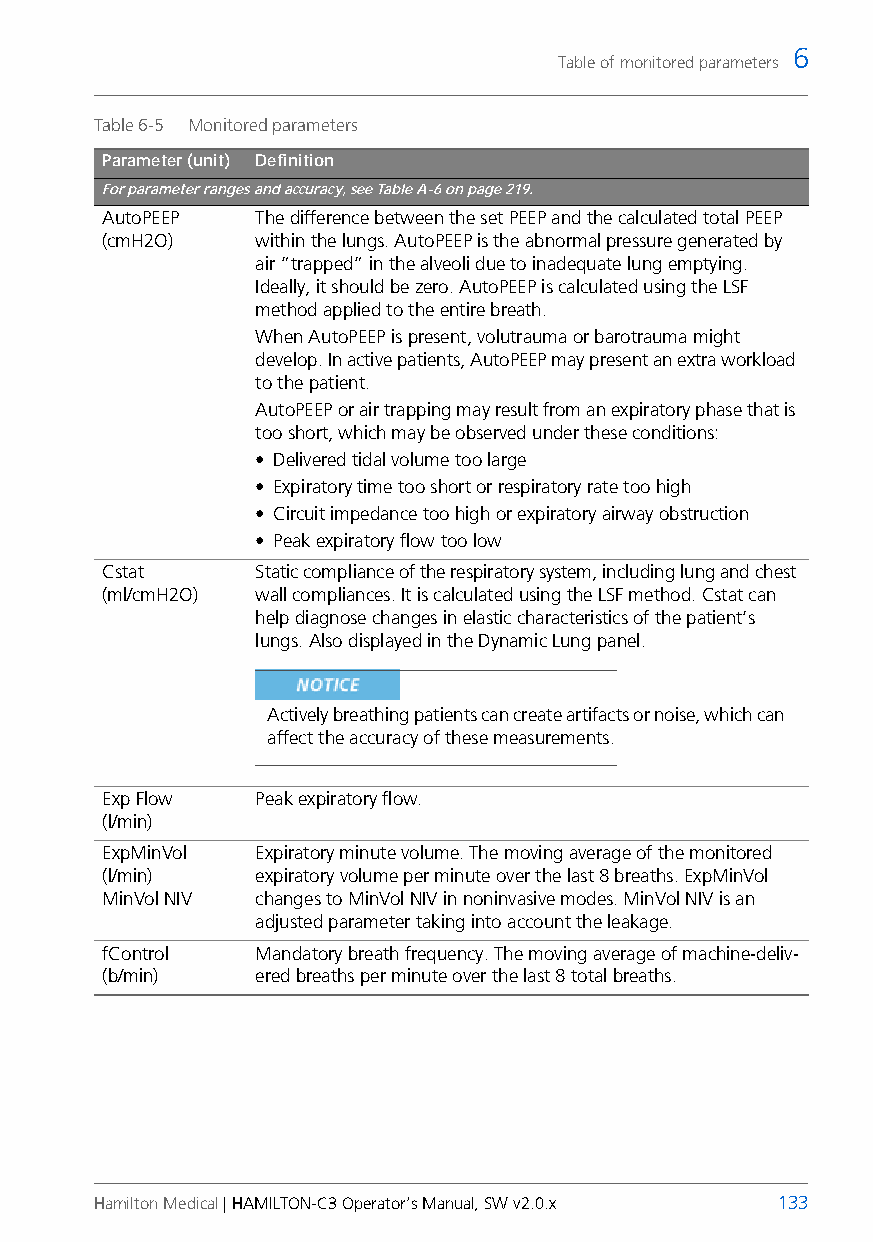
6
 Table of monitored parameters
 Table 6-5 Monitored parameters
 Parameter (unit) Definition
 For parameter ranges and accuracy, see Table A-6 on page219.
 AutoPEEP  The difference between the set PEEP and the calculated total PEEP
 (cmH2O)   within the lungs. AutoPEEP is the abnormal pressure generated by
 air “trapped” in the alveoli due to inadequate lung emptying.
 Ideally, it should be zero. AutoPEEP is calculated using the LSF
 method applied to the entire breath.
 When AutoPEEP is present, volutrauma or barotrauma might
 develop. In active patients, AutoPEEP may present an extra workload
 to the patient.
 AutoPEEP or air trapping may result from an expiratory phase that is
 too short, which may be observed under these conditions:
 • Delivered tidal volume too large
 • Expiratory time too short or respiratory rate too high
 • Circuit impedance too high or expiratory airway obstruction
 • Peak expiratory flow too low
 Cstat     Static compliance of the respiratory system, including lung and chest
 (ml/cmH2O) wall compliances. It is calculated using the LSF method. Cstat can
 help diagnose changes in elastic characteristics of the patient’s
 lungs. Also displayed in the Dynamic Lung panel.
 Actively breathing patients can create artifacts or noise, which can
 affect the accuracy of these measurements.
 Exp Flow  Peak expiratory flow.
 (l/min)
 ExpMinVol Expiratory minute volume. The moving average of the monitored
 (l/min)   expiratory volume per minute over the last 8 breaths. ExpMinVol
 MinVol NIV changes to MinVol NIV in noninvasive modes. MinVol NIV is an
 adjusted parameter taking into account the leakage.
 fControl  Mandatory breath frequency. The moving average of machine-deliv-
 (b/min)   ered breaths per minute over the last 8 total breaths.
 Hamilton Medical | HAMILTON-C3 Operator’s Manual, SW v2.0.x 133